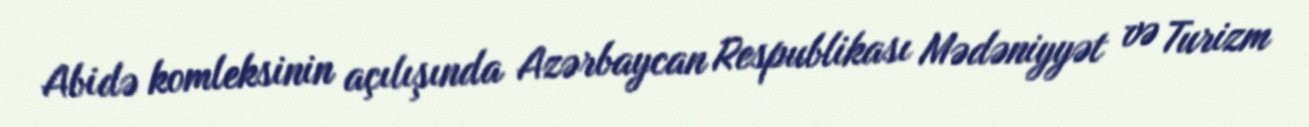
Abidə komleksinin açılışında Azərbaycan Respublikası Mədəniyyət və Turizm